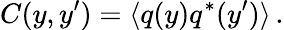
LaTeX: C(y,y^{\prime})=\langle q(y)q^{*}(y^{\prime})\rangle\, .